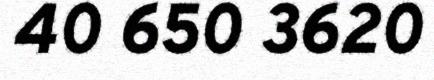
40 650 3620